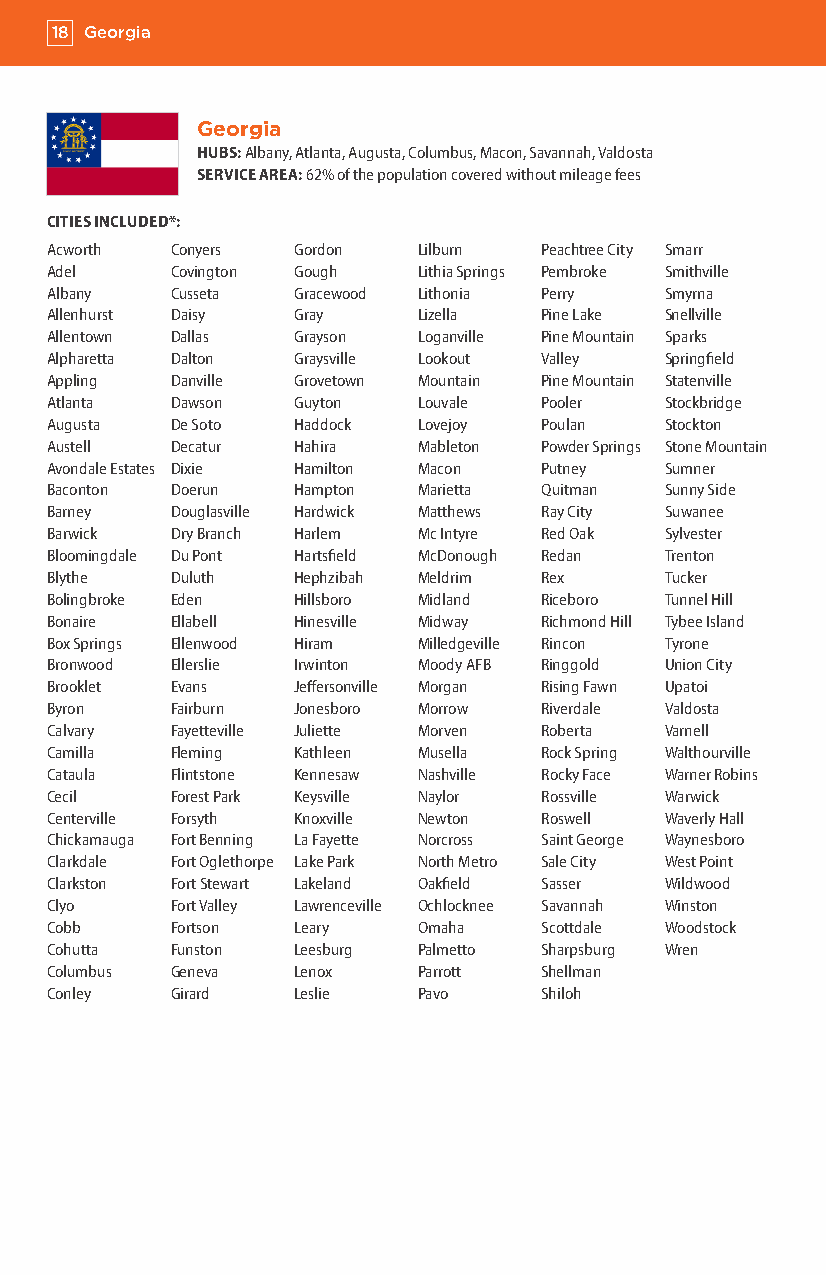
18 Georgia
 Georgia
 HUBS: Albany, Atlanta, Augusta, Columbus, Macon, Savannah, Valdosta
 SERVICE AREA: 62% of the population covered without mileage fees
 CITIES INCLUDED*:
 Acworth Conyers Gordon   Lilburn Peachtree City Smarr
 Adel    Covington Gough  Lithia Springs Pembroke Smithville
 Albany  Cusseta Gracewood Lithonia Perry Smyrna
 Allenhurst Daisy Gray    Lizella Pine Lake Snellville
 Allentown Dallas Grayson Loganville Pine Mountain Sparks
 Alpharetta Dalton Graysville Lookout Valley Springfield
 Appling Danville Grovetown Mountain Pine Mountain Statenville
 Atlanta Dawson  Guyton   Louvale Pooler  Stockbridge
 Augusta De Soto Haddock  Lovejoy Poulan  Stockton
 Austell Decatur Hahira   Mableton Powder Springs Stone Mountain
 Avondale Estates Dixie Hamilton Macon Putney Sumner
 Baconton Doerun Hampton  Marietta Quitman Sunny Side
 Barney  Douglasville Hardwick Matthews Ray City Suwanee
 Barwick Dry Branch Harlem Mc Intyre Red Oak Sylvester
 Bloomingdale Du Pont Hartsfield McDonough Redan Trenton
 Blythe  Duluth  Hephzibah Meldrim Rex    Tucker
 Bolingbroke Eden Hillsboro Midland Riceboro Tunnel Hill
 Bonaire Ellabell Hinesville Midway Richmond Hill Tybee Island
 Box Springs Ellenwood Hiram Milledgeville Rincon Tyrone
 Bronwood Ellerslie Irwinton Moody AFB Ringgold Union City
 Brooklet Evans  Jeffersonville Morgan Rising Fawn Upatoi
 Byron   Fairburn Jonesboro Morrow Riverdale Valdosta
 Calvary Fayetteville Juliette Morven Roberta Varnell
 Camilla Fleming Kathleen Musella Rock Spring Walthourville
 Cataula Flintstone Kennesaw Nashville Rocky Face Warner Robins
 Cecil   Forest Park Keysville Naylor Rossville Warwick
 Centerville Forsyth Knoxville Newton Roswell Waverly Hall
 Chickamauga Fort Benning La Fayette Norcross Saint George Waynesboro
 Clarkdale Fort Oglethorpe Lake Park North Metro Sale City West Point
 Clarkston Fort Stewart Lakeland Oakfield Sasser Wildwood
 Clyo    Fort Valley Lawrenceville Ochlocknee Savannah Winston
 Cobb    Fortson Leary    Omaha   Scottdale Woodstock
 Cohutta Funston Leesburg Palmetto Sharpsburg Wren
 Columbus Geneva Lenox    Parrott Shellman
 Conley  Girard  Leslie   Pavo    Shiloh